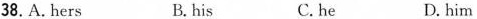
38.A. hers B.his C. he D. him